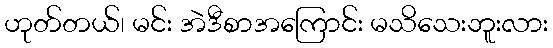
ဟုတ်တယ်၊ မင်း အဲဒီစာအကြောင်း မသိသေးဘူးလား